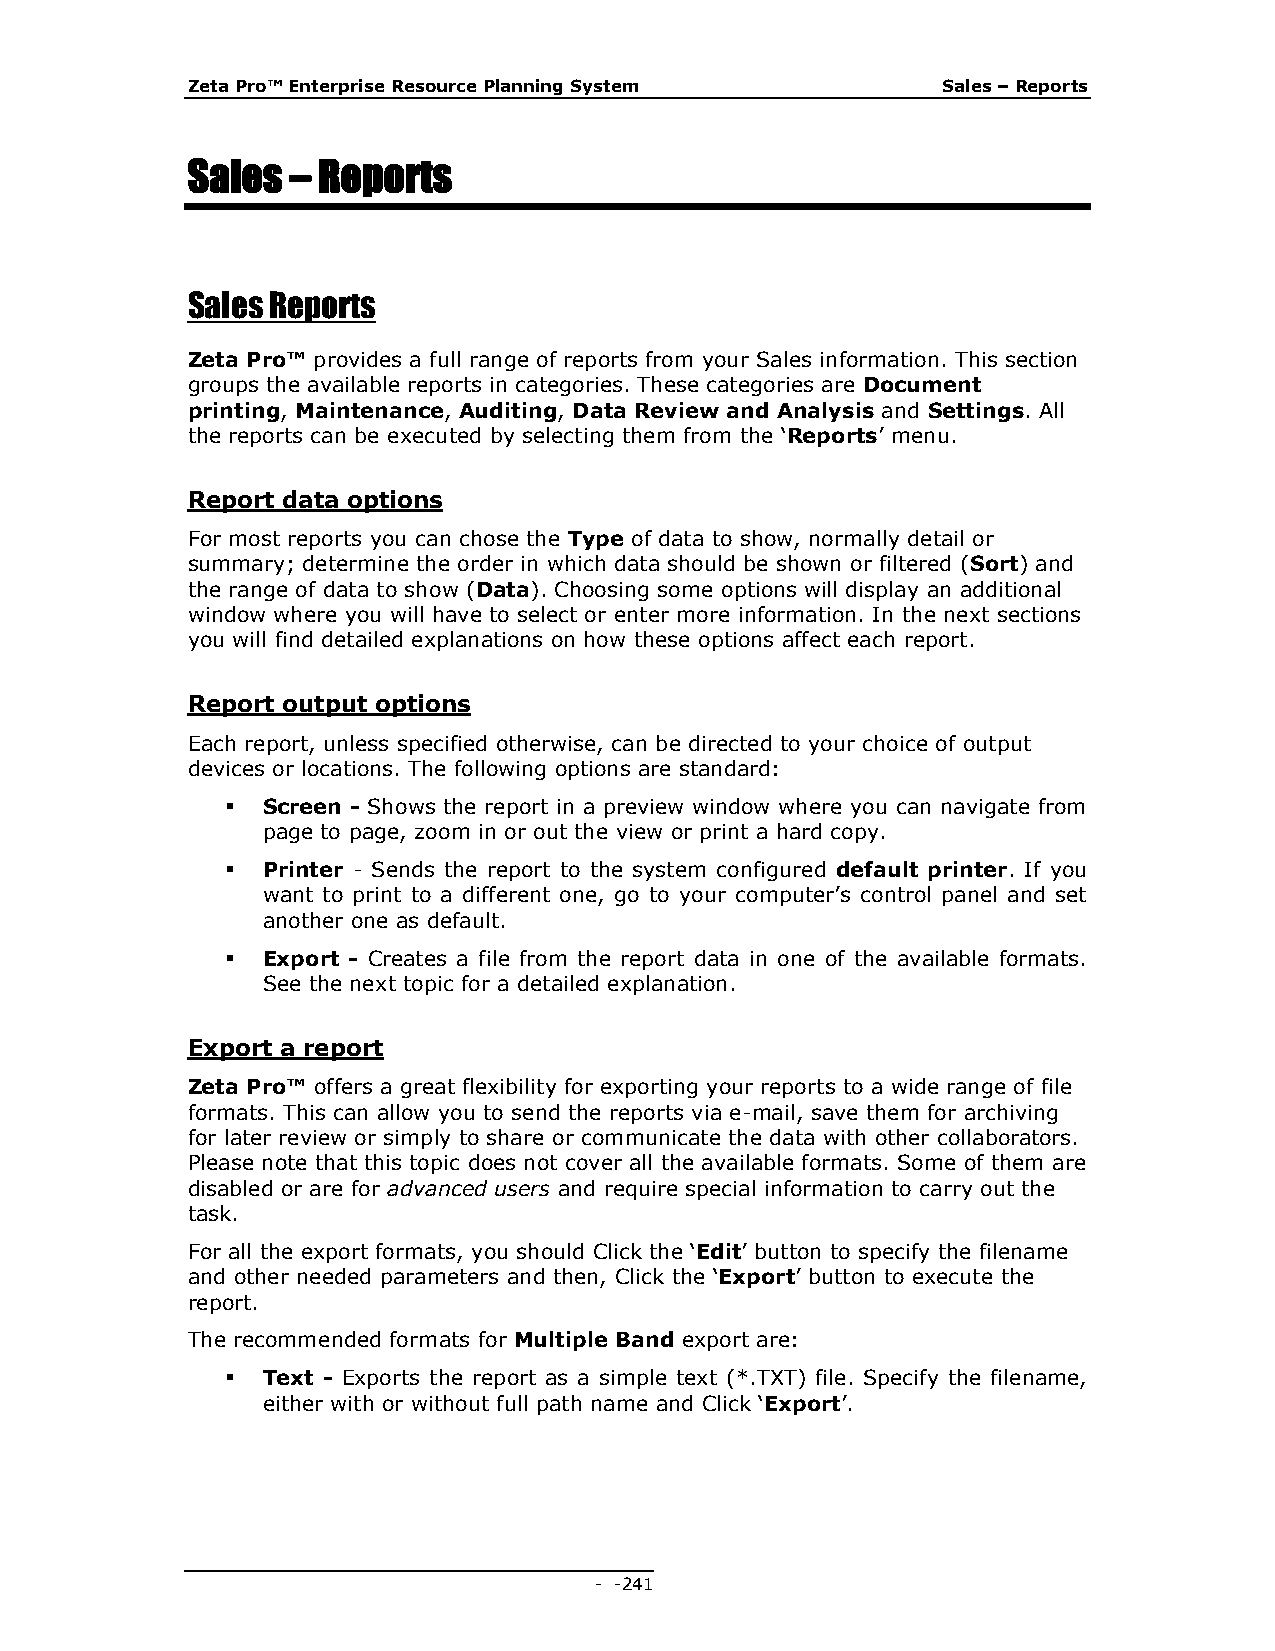
Zeta Pro™ Enterprise Resource Planning System     Sales – Reports
 Sales  – Reports
 Sales Reports
 Zeta Pro™ provides a full range of reports from your Sales information. This section
 groups the available reports in categories. These categories are Document
 printing, Maintenance, Auditing, Data Review and Analysis and Settings. All
 the reports can be executed by selecting them from the ‘Reports’ menu.
 Report data options
 For most reports you can chose the Type of data to show, normally detail or
 summary; determine the order in which data should be shown or filtered (Sort) and
 the range of data to show (Data). Choosing some options will display an additional
 window where you will have to select or enter more information. In the next sections
 you will find detailed explanations on how these options affect each report.
 Report output options
 Each report, unless specified otherwise, can be directed to your choice of output
 devices or locations. The following options are standard:
  Screen - Shows the report in a preview window where you can navigate from
 page to page, zoom in or out the view or print a hard copy.
  Printer - Sends the report to the system configured default printer. If you
 want to print to a different one, go to your computer’s control panel and set
 another one as default.
  Export - Creates a file from the report data in one of the available formats.
 See the next topic for a detailed explanation.
 Export a report
 Zeta Pro™ offers a great flexibility for exporting your reports to a wide range of file
 formats. This can allow you to send the reports via e-mail, save them for archiving
 for later review or simply to share or communicate the data with other collaborators.
 Please note that this topic does not cover all the available formats. Some of them are
 disabled or are for advanced users and require special information to carry out the
 task.
 For all the export formats, you should Click the ‘Edit’ button to specify the filename
 and other needed parameters and then, Click the ‘Export’ button to execute the
 report.
 The recommended formats for Multiple Band export are:
  Text - Exports the report as a simple text (*.TXT) file. Specify the filename,
 either with or without full path name and Click ‘Export’.
 - - 241